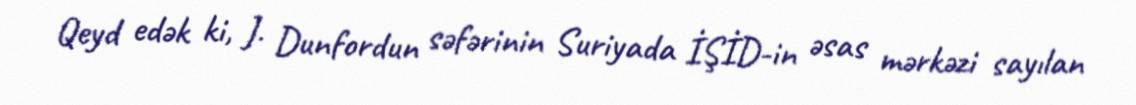
Qeyd edək ki, J. Dunfordun səfərinin Suriyada İŞİD-in əsas mərkəzi sayılan